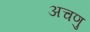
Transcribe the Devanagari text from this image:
अचणु